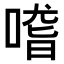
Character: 𠺳